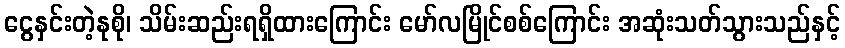
ငွေနှင်းတဲ့နုစို၊ သိမ်းဆည်းရရှိထားကြောင်း မော်လမြိုင်စစ်ကြောင်း အဆုံးသတ်သွားသည်နှင့်